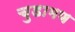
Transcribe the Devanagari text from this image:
चुडामण